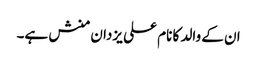
ان کے والد کا نام علی یزدان منش ہے۔